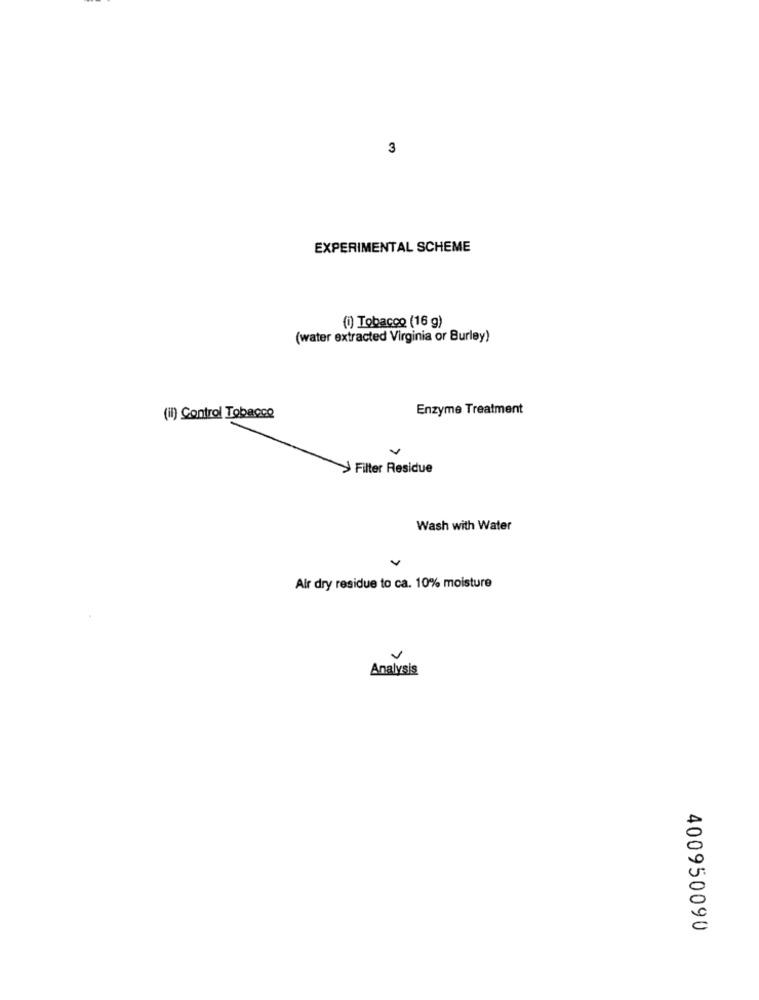
3
EXPERIMENTAL SCHEME
(i) Tobacco (16 g)
(water extracted Virginia or Burley)
Enzyme Treatment
(il) Control Tobacco
Filter Residue
Wash with Water
v
Air dry residue to ca. 10% moisture
7
Analysis
400950090